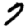
Digit: 7